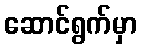
ဆောင်ရွက်မှာ